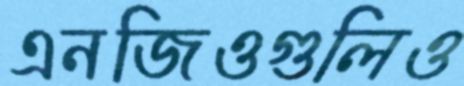
এনজিওগুলিও